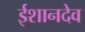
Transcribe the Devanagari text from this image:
ईशानदेव